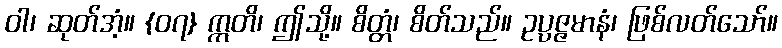
ဝါ၊ ဆုတ်အံ့။ {၀၇} ဣတိ၊ ဤသို့။ စိတ္တံ၊ စိတ်သည်။ ဥပ္ပဇ္ဇမာနံ၊ ဖြစ်လတ်သော်။